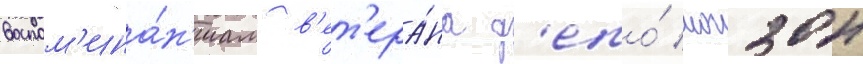
воспом'ина́н'иам в'ет'ера́на д'епо́ могзон